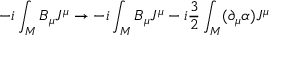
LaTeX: - i \int _ { M } B _ { \mu } J ^ { \mu } \rightarrow - i \int _ { M } B _ { \mu } J ^ { \mu } - i \frac { 3 } { 2 } \int _ { M } ( \partial _ { \mu } \alpha ) J ^ { \mu }